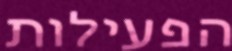
הפעילות